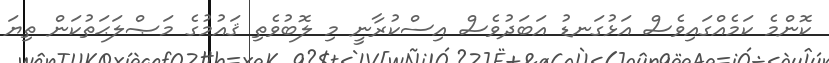
ކޮންމެ ކަމެއްގައިވެސް އަޅުގަނޑު އަބަދުވެސް އިސްކުރާނީ މި ލޮބުވެތި ޤައުމުގެ މަޞްލަޙަތުކަން ތިޔަ